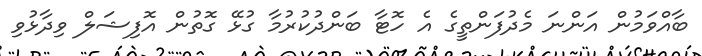
ބާއްވަމުން އަންނަ މެދުފަންތީގެ އެ ހޮޓާ ބަންދުކުރުމާ ގުޅޭ ގޮތުން އޮފިޝަލް ވިދާޅުވި